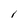
Character: l